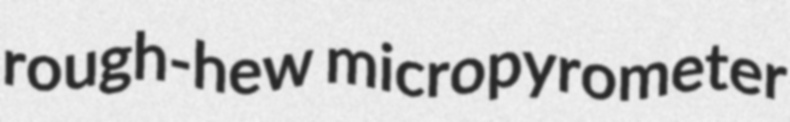
rough-hew micropyrometer